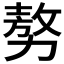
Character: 𠢕